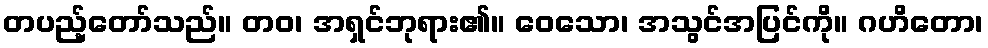
တပည့်တော်သည်။ တဝ၊ အရှင်ဘုရား၏။ ဝေသော၊ အသွင်အပြင်ကို။ ဂဟိတော၊